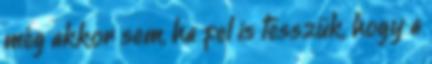
még akkor sem, ha fel is tesszük, hogy a